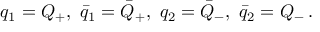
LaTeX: q _ { 1 } = Q _ { + } , \, \, \bar { q } _ { 1 } = \bar { Q } _ { + } , \, \, q _ { 2 } = \bar { Q } _ { - } , \, \, \bar { q } _ { 2 } = Q _ { - } \, .